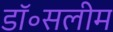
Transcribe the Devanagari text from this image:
डॉ॰सलीम